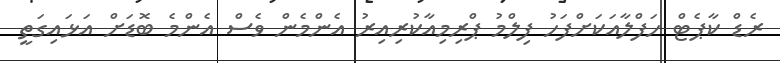
ރެޑް ކާޕެޓް ހަފްލާއަކަށްފަހު ފިލްމު ޕްރިމިއާކުރިއިރު އެންމެން ވެސް އެންމެ ބޮޑަށް އަޅައިގަތީ